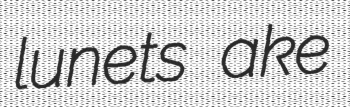
lunets ake